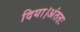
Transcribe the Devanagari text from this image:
दिया।अंततः